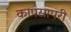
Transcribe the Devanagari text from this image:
कापसापरी